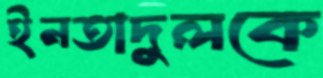
ইনতাদুলকে